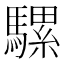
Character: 騾